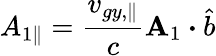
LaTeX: {A}_{1\parallel}=\frac{v_{gy,\parallel}}{c}\textbf{A}_{1}\boldsymbol{\cdot}\hat{b}